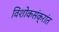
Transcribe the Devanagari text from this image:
विशोकसंक्रांत